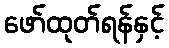
ဖော်ထုတ်ရန်နှင့်